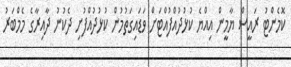
ކޮމެންޓު ރައީސް ޔާމީން އިއްޔެ ކުޅުދުއްފުއްޓަށް ވަޑައިގަތުމުން ކުޅުދުއްފުށި ދެކުނު ދާއިރާގެ މެމްބަރު